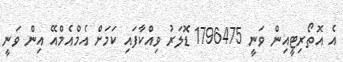
އެ އޮތޯރިޓީއިން ވަނީ 1796475 ޑޮލަރު ވިއްކާފައި ކަމަށް އެމްއެމްއޭ އިން ވަނީ